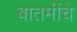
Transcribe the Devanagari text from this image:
बातमींचे